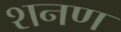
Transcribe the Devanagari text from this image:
शनण